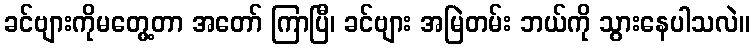
ခင်ဗျားကိုမတွေ့တာ အတော် ကြာပြီ၊ ခင်ဗျား အမြဲတမ်း ဘယ်ကို သွားနေပါသလဲ။